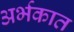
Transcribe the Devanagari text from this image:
अर्भकात